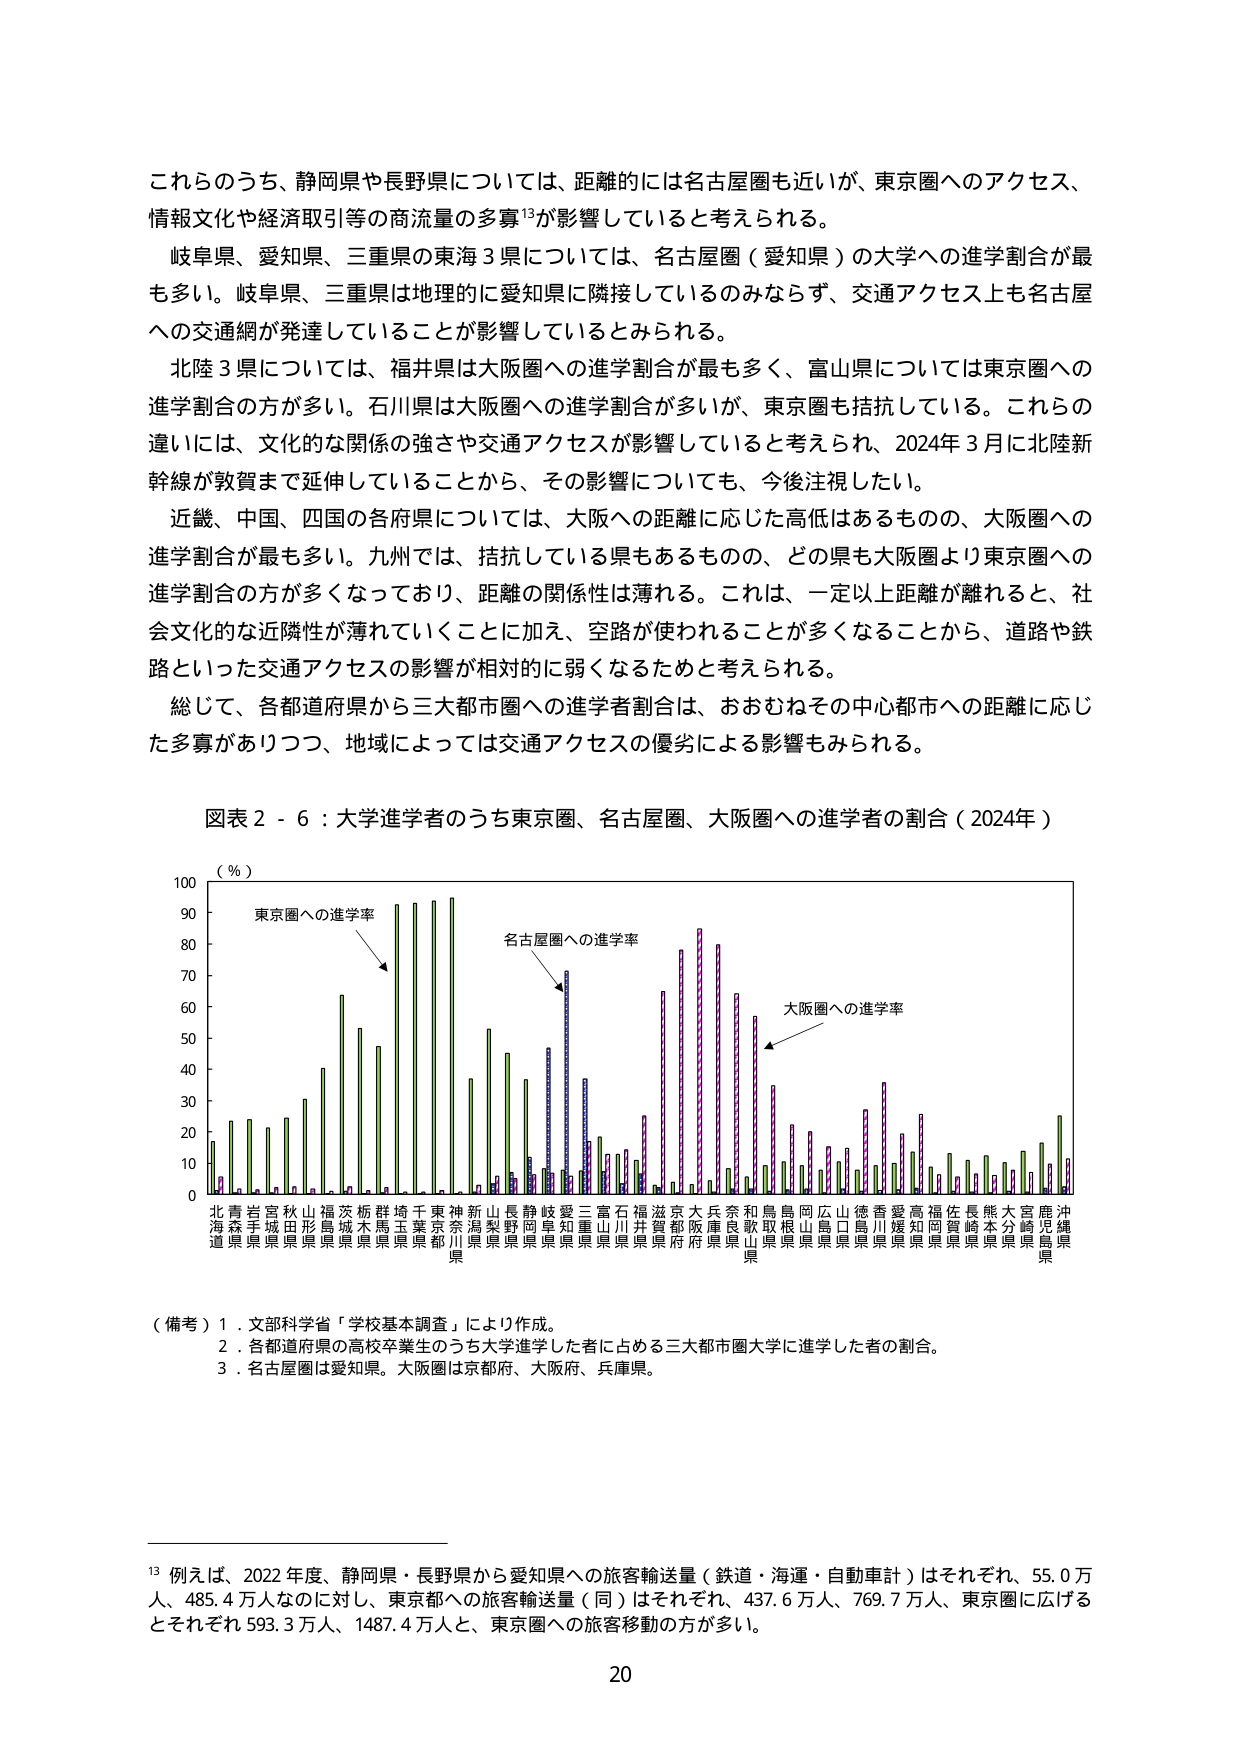
これらうち、静岡県や長野県については、距離的には名古屋圏も近いが、東京圏へのアクセス、情報文化や経済取引等の商流量の多寡¹³が影響していると考えられる。

岐阜県、愛知県、三重県の東海３県については、名古屋圏（愛知県）の大学への進学割合が最も多い。岐阜県、三重県は地理的に愛知県に隣接しているのみならず、交通アクセス上も名古屋への交通網が発達していることが影響しているとみられる。

北陸３県については、福井県は大阪圏への進学割合が最も多く、富山県については東京圏への進学割合の方がが多い。石川県は大阪圏への進学割合が多いが、東京圏も拮抗している。これらの違いには、文化的な関係の強さや交通アクセスが影響していると考えられ、2024年３月に北陸新幹線が敦賀まで延伸していることから、その影響についても、今後注視したい。

近畿、中国、四国の各府県については、大阪への距離に応じた高低はあるものの、大阪圏への進学割合が最も多い。九州では、拮抗している県もあるものの、どの県も大阪圏より東京圏への進学割合の方が多くなっており、距離の関係性は薄れる。これは、一定以上距離が離れると、社会文化的な近隣性が薄れていくことに加え、空路が使われることが多くなることから、道路や鉄路といった交通アクセスの影響が相対的に弱くなるためと考えられる。

総じて、各都道府県から三大都市圏への進学者割合は、おおむねその中心都市への距離に応じた多寡がありつつ、地域によっては交通アクセスの優劣による影響もみられる。

図表２－６：大学進学者のうち東京圏、名古屋圏、大阪圏への進学者の割合（2024年）

（％）
東京圏への進学率
名古屋圏への進学率
大阪圏への進学率

北海道
青森県
岩手県
宮城県
秋田県
山形県
福島県
茨城県
栃木県
群馬県
埼玉県
千葉県
東京都
神奈川県
新潟県
山梨県
長野県
静岡県
岐阜県
愛知県
三重県
富山県
石川県
福井県
滋賀県
京都府
大阪府
兵庫県
奈良県
和歌山県
鳥取県
島根県
岡山県
広島県
山口県
徳島県
香川県
愛媛県
高知県
福岡県
佐賀県
長崎県
熊本県
大分県
宮崎県
鹿児島県
沖縄県

（備考）１．文部科学省「学校基本調査」により作成。
　　　２．各都道府県の高校卒業生のうち大学進学した者に占める三大都市圏大学に進学した者の割合。
　　　３．名古屋圏は愛知県。大阪圏は京都府、大阪府、兵庫県。

¹³ 例えば、2022年度、静岡県・長野県から愛知県への旅客輸送量（鉄道・海運・自動車計）はそれぞれ、55.0万人、485.4万人なのに対し、東京都への旅客輸送量（同）はそれぞれ、437.6万人、769.7万人、東京圏に広げるとそれぞれ593.3万人、1487.4万人と、東京圏への旅客移動の方が多いた。

20